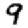
Digit: 9